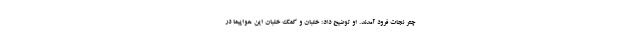
چتر نجات فرود آمدند. او توضیح داد: خلبان و کمک خلبان این هواپیما در